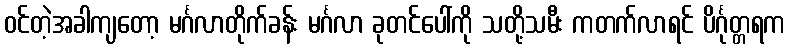
ဝင်တဲ့အခါကျတော့ မင်္ဂလာတိုက်ခန်း မင်္ဂလာ ခုတင်ပေါ်ကို သတို့သမီး ကတက်လာရင် ပိင်္ဂုတ္တရက